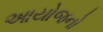
આયોજનો